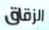
الزقاق